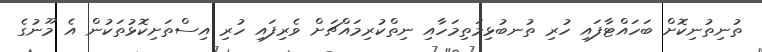
ތުނިތުނިކޮށް ބަހައްޓާފައި ހުރި ތުނބުޅިމަތިމަހާއި ނިތްކުރިމައްޗަށް ވެރިފައި ހުރި އިސްތަށިކޮޅުތަކުން އެ މޫނުގެ